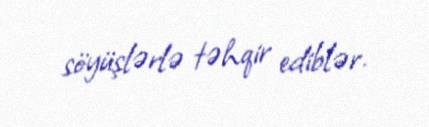
söyüşlərlə təhqir ediblər.